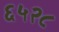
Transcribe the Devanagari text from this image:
६५२८